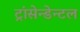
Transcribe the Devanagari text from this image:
ट्रांसेन्डेन्टल